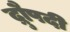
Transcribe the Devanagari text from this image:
द्रुौपदी